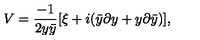
V = { \frac { - 1 } { 2 y \bar { y } } } [ \xi + i ( \bar { y } \partial y + y \partial \bar { y } ) ] ,